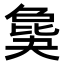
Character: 𣬎